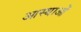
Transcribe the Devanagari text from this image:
आस्‍थाओं